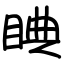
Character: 睓